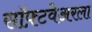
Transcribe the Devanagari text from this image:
सॉफ़्टवेअरला